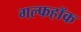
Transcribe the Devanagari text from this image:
गल्फहॉक